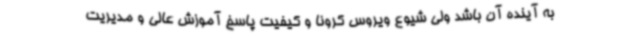
به آینده آن باشد ولی شیوع ویروس کرونا و کیفیت پاسخ آموزش عالی و مدیریت